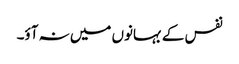
نفس کے بہانوں میں نہ آؤ۔